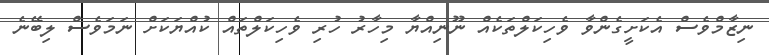
ނިޒާމްވެސް އެކަށީގެންވާ ވެހިކަލްތަކެއް ނޫނިއްޔާ މިހާރު ހުރި ވެހިކަލްތައް ކުއްޔަކަށް ނަމަވެސް ލިބޭނެ